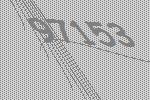
97153